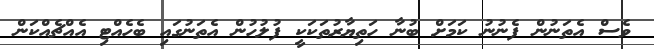
ވެސް އެތަނުން ފެނުނު ކަމަށް ބުނާ ހަތިޔާރުތަކަކީ ފުލުހުން އެތަނުގައި ބެހެއްޓި އެއްޗެއްކަން